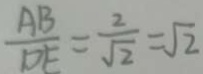
\frac { A B } { D E } = \frac { 2 } { \sqrt { 2 } } = \sqrt { 2 }